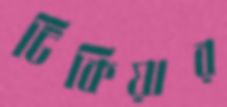
টিকিয়ার